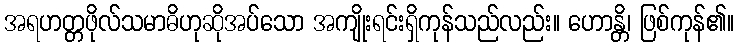
အရဟတ္တဖိုလ်သမာဓိဟုဆိုအပ်သော အကျိုးရင်းရှိကုန်သည်လည်း။ ဟောန္တိ၊ ဖြစ်ကုန်၏။